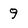
Character: 9